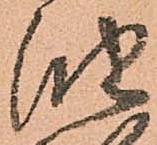
油